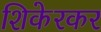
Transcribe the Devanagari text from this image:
शिकेरकर